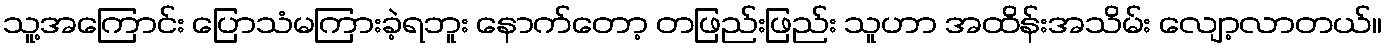
သူ့အကြောင်း ပြောသံမကြားခဲ့ရဘူး နောက်တော့ တဖြည်းဖြည်း သူဟာ အထိန်းအသိမ်း လျော့လာတယ်။